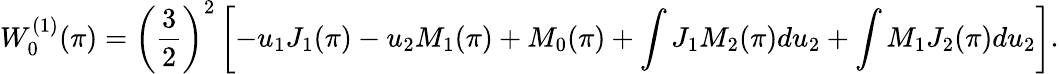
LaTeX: W_{0}^{(1)}(\pi)=\left(\frac{3}{2}\right)^{2}\left[-u_{1}J_{1}(\pi)-u_{2}M_{1}(\pi)+M_{0}(\pi)+\int J_{1}M_{2}(\pi)du_{2}+\int M_{1}J_{2}(\pi)du_{2}\right].